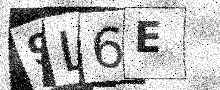
Text: 9L6E